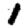
Digit: 1